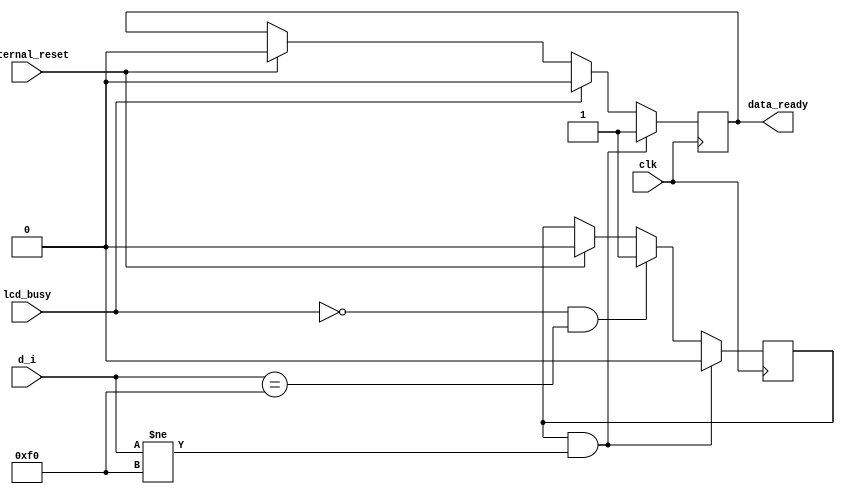
module controller(input clk,
                  input lcd_busy,
                  input internal_reset,
                  input [7:0]d_i,
                  output reg data_ready);
reg r = 0;              
always@(posedge clk) begin
  if(internal_reset)begin
    data_ready<=1'b0;
    r <= 0;
  end
  if (lcd_busy == 1)
    data_ready <= 0;
  if (!lcd_busy && d_i == 8'hF0)
    r <= 1;
  if (r == 1 && d_i != 8'hF0) begin
    data_ready <= 1;  
    r <= 0;  
  end
end
endmodule